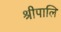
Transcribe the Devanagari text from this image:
श्रीपालि